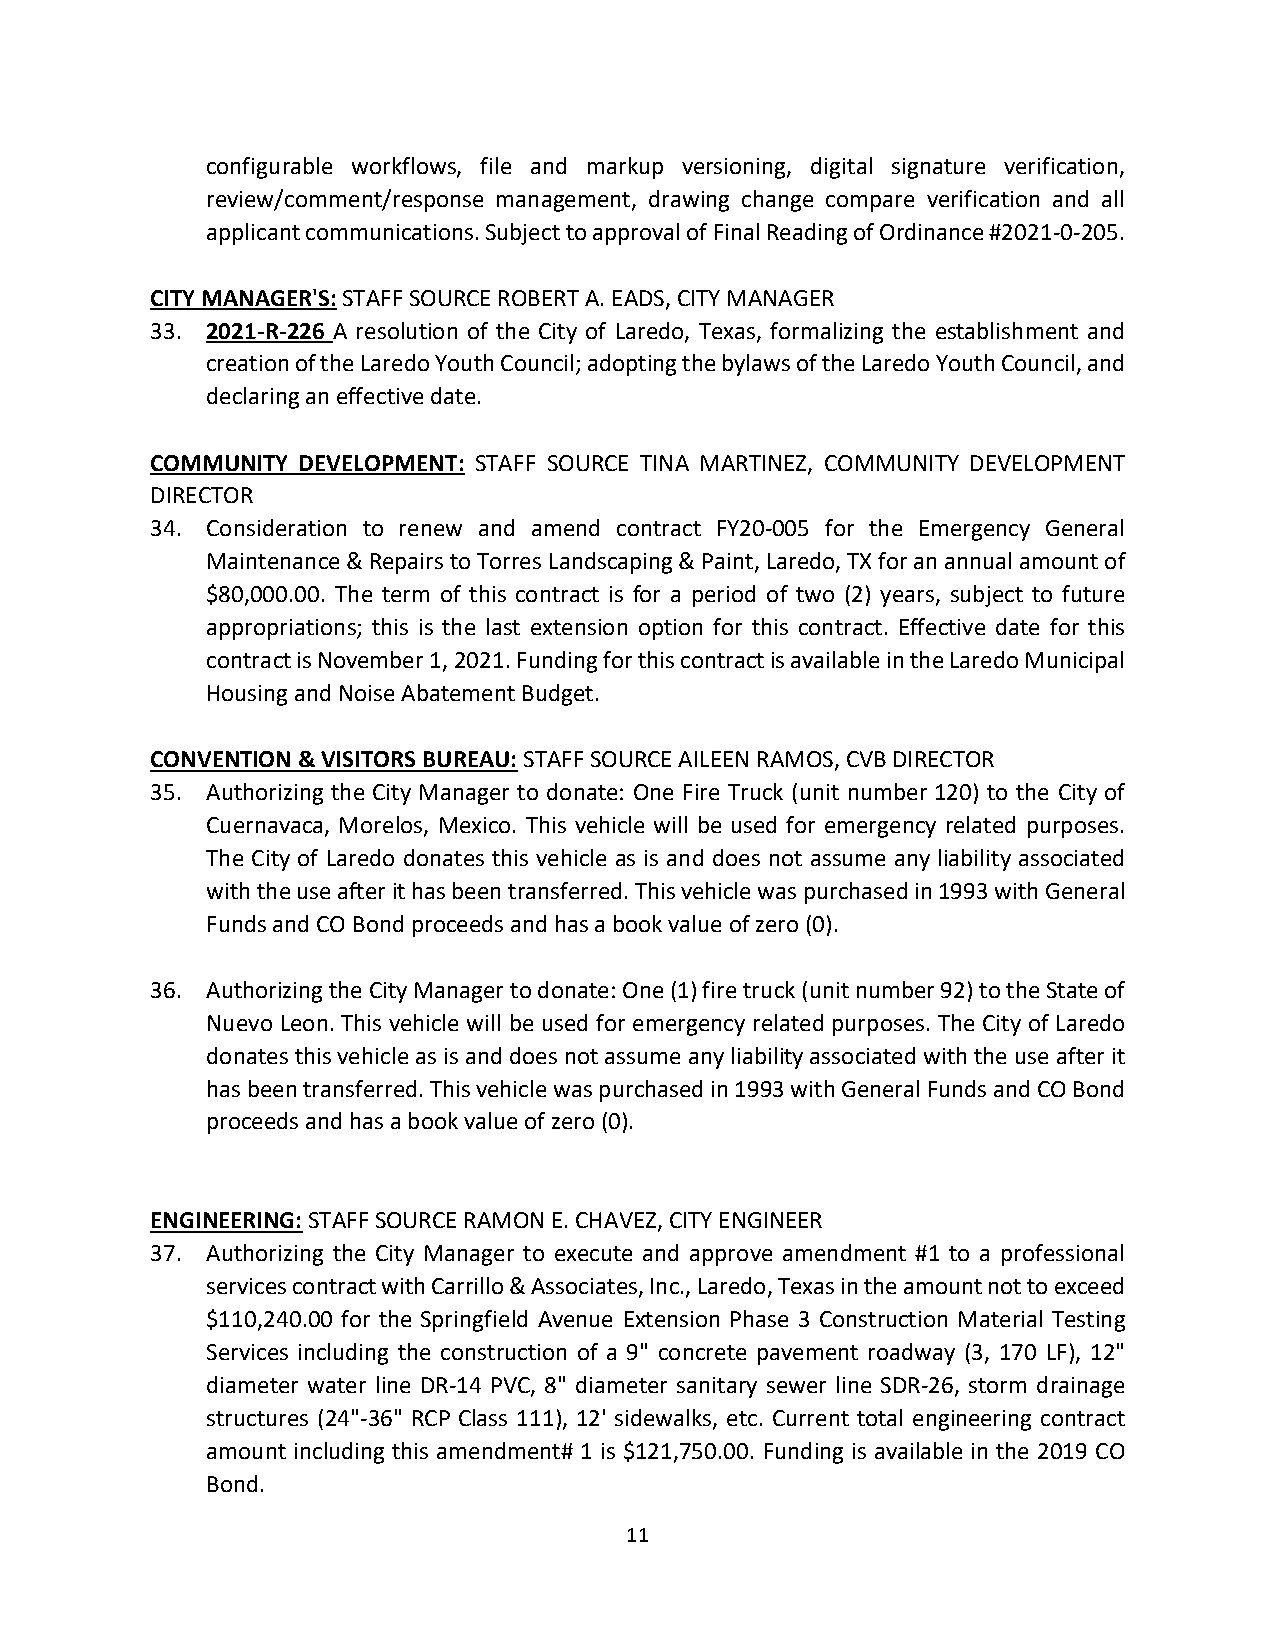
configurable workflows, file and markup versioning, digital signature verification,
 review/comment/response management, drawing change compare verification and all
 applicant communications. Subject to approval of Final Reading of Ordinance #2021-0-205.
 CITY MANAGER'S: STAFF SOURCE ROBERT A. EADS, CITY MANAGER
 33. 2021-R-226 A resolution of the City of Laredo, Texas, formalizing the establishment and
 creation of the Laredo Youth Council; adopting the bylaws of the Laredo Youth Council, and
 declaring an effective date.
 COMMUNITY DEVELOPMENT: STAFF SOURCE TINA MARTINEZ, COMMUNITY DEVELOPMENT
 DIRECTOR
 34. Consideration to renew and amend contract FY20-005 for the Emergency General
 Maintenance & Repairs to Torres Landscaping & Paint, Laredo, TX for an annual amount of
 $80,000.00. The term of this contract is for a period of two (2) years, subject to future
 appropriations; this is the last extension option for this contract. Effective date for this
 contract is November 1, 2021. Funding for this contract is available in the Laredo Municipal
 Housing and Noise Abatement Budget.
 CONVENTION & VISITORS BUREAU: STAFF SOURCE AILEEN RAMOS, CVB DIRECTOR
 35. Authorizing the City Manager to donate: One Fire Truck (unit number 120) to the City of
 Cuernavaca, Morelos, Mexico. This vehicle will be used for emergency related purposes.
 The City of Laredo donates this vehicle as is and does not assume any liability associated
 with the use after it has been transferred. This vehicle was purchased in 1993 with General
 Funds and CO Bond proceeds and has a book value of zero (0).
 36. Authorizing the City Manager to donate: One (1) fire truck (unit number 92) to the State of
 Nuevo Leon. This vehicle will be used for emergency related purposes. The City of Laredo
 donates this vehicle as is and does not assume any liability associated with the use after it
 has been transferred. This vehicle was purchased in 1993 with General Funds and CO Bond
 proceeds and has a book value of zero (0).
 ENGINEERING: STAFF SOURCE RAMON E. CHAVEZ, CITY ENGINEER
 37. Authorizing the City Manager to execute and approve amendment #1 to a professional
 services contract with Carrillo & Associates, Inc., Laredo, Texas in the amount not to exceed
 $110,240.00 for the Springfield Avenue Extension Phase 3 Construction Material Testing
 Services including the construction of a 9" concrete pavement roadway (3, 170 LF), 12"
 diameter water line DR-14 PVC, 8" diameter sanitary sewer line SDR-26, storm drainage
 structures (24"-36" RCP Class 111), 12' sidewalks, etc. Current total engineering contract
 amount including this amendment# 1 is $121,750.00. Funding is available in the 2019 CO
 Bond.
 11